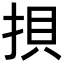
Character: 𢭲